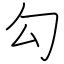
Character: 勾